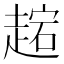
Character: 趤